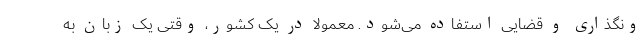
ونگذاری و قضایی استفاده می‌شود. معمولا در یک کشور، وقتی یک زبان به